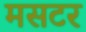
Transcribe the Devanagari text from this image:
मसटर